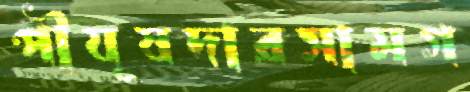
পীযূষদারসামগ